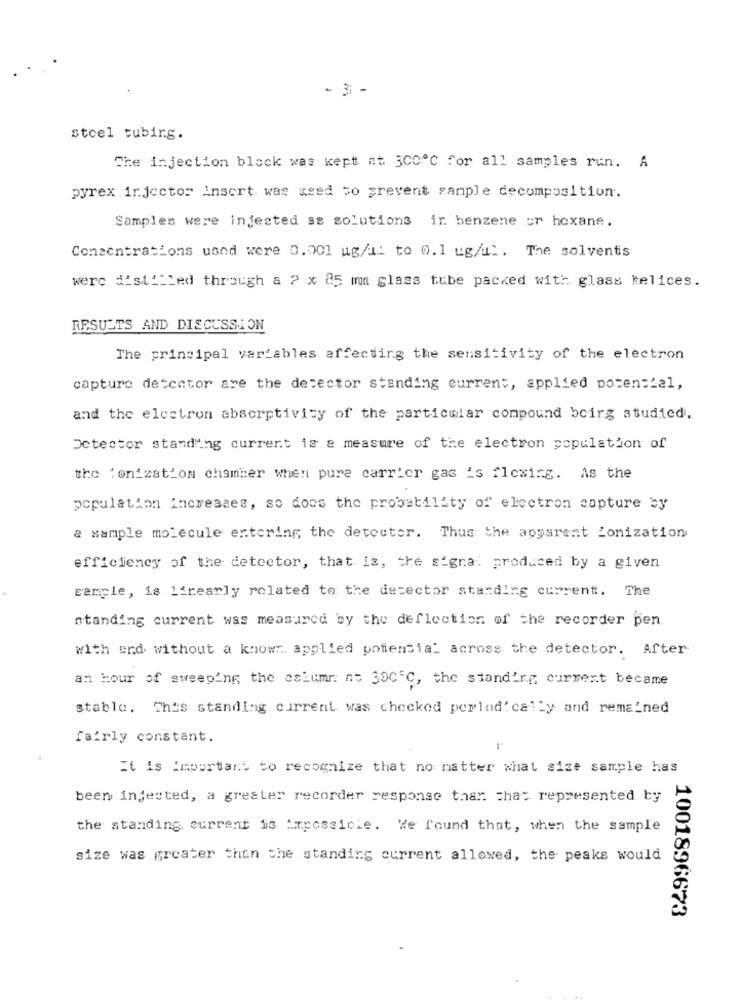
- 3 -
stoel tubirg.
The injection block was kept at 300℃ for all samples run. A
pyrex injector insert was used to prevent sample decomposition.
Samples were infected as solutions in benzene or hexane.
Concentrations used were 0.001 ug/il to 0.1 ug/ul. The solvents
were distilled through a 2 x 85 mma glass tube packed with glass felices.
RESULTS AND DISCUSSION
The principal variables affecting the sensitivity of the electron
capture detector are the detector standing current, applied potential,
and the electron absorptivity of the particular compound beirg studied.
Detector standing current is a measure of the electron population of
the :onization chamber when pure carrier gas is flexing. As the
population increases, so doos the probability of electron capture by
a sample molecule entering the detector. Thus the apparent Lonization
efficiency of the detector, that is, the sigra: produced by a given
sample, is Cfrearly related to the detector standing current. The
standing current was measured by the deflection of the recorder pen.
with end without a know applied potensial across the detector. After
an Hour of sweeping the esiumn ne 30C'℃, the standing curmest became
stable. This standing current was checked period' cally and remained
fairly constant.
It is Important to recognize that no matter what size sample has
been infected, a greater recorder response than that represented by
the standing current is impossible. We found that, when the sample
size was greater than the standing current allowed, the peaks would
1001896673